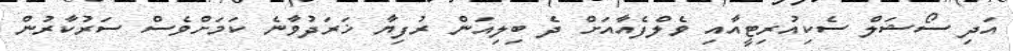
އަދި ސޯޝަލް ސެކިއުރިޓީއާއި ވެލްފެއާއަށް ދެ ބިލިއަން ރުފިޔާ ޚަރަދުވާނެ ކަމަށްވެސް ސަރުކާރުން